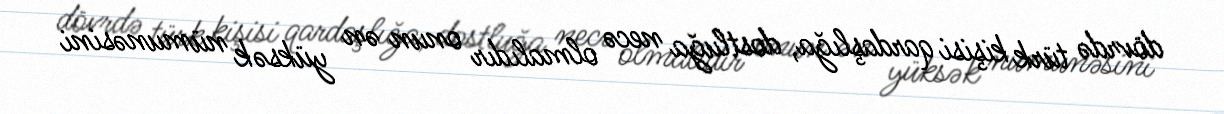
dövrdə türk kişisi qardaşlığa, dostluğa necə olmalıdır onun ən yüksək nümunəsini